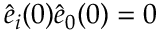
\hat { e } _ { i } ( 0 ) \hat { e } _ { 0 } ( 0 ) = 0